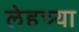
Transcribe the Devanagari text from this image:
लेहच्या